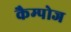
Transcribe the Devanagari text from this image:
कैम्पोज